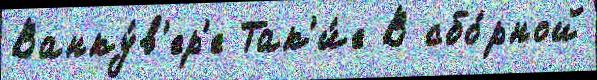
Ванку́в'ер'е Так'и́е В сбо́рной